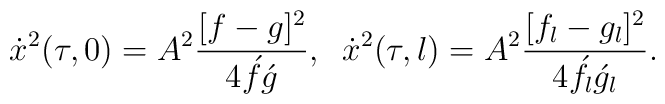
\dot x^2(\tau,0)=A^2 \frac{[f-g]^2}{4 \acute f\acute g},\;\;\dot x^2(\tau,l)=A^2 \frac{[f_l-g_l]^2}{4 \acute f_l\acute g_l}.